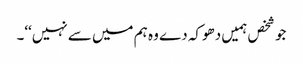
جو شخص ہمیں دھوکہ دے وہ ہم میں سے نہیں‘‘۔